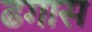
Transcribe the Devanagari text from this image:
ढगास